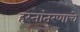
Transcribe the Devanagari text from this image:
हस्तांतरणाचे